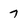
Character: 7